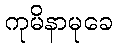
ကုမိနာမုခေ